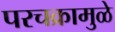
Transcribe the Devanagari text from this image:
परचक्रामुळे